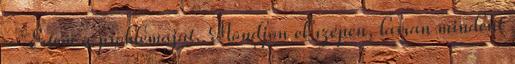
- Értem a problémáját. Mondjon el szépen, lassan mindent